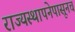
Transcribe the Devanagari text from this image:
राज्यस्थापनेपासूनच